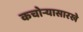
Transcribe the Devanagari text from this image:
कचोऱ्यासारखे